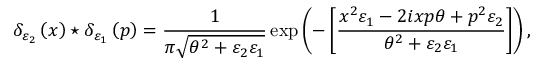
\delta _ { \varepsilon _ { 2 } } \left( x \right) \star \delta _ { \varepsilon _ { 1 } } \left( p \right) = \frac { 1 } { \pi \sqrt { \theta ^ { 2 } + \varepsilon _ { 2 } \varepsilon _ { 1 } } } \exp \left( - \left[ \frac { x ^ { 2 } \varepsilon _ { 1 } - 2 i x p \theta + p ^ { 2 } \varepsilon _ { 2 } } { \theta ^ { 2 } + \varepsilon _ { 2 } \varepsilon _ { 1 } } \right] \right) ,